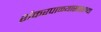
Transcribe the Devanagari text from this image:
शंकरपाळ्यासारख्या